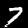
Label: 4